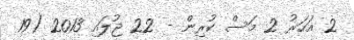
2 އަހަރު 2 މަސް ކުރިން - 22 ޖުލައި 2013 (19